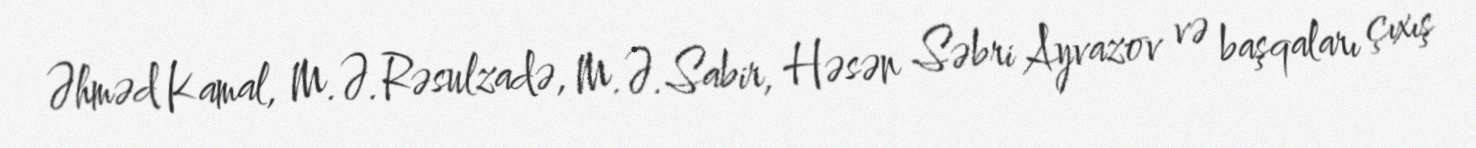
Əhməd Kamal, M.Ə.Rəsulzadə, M.Ə.Sabir, Həsən Səbri Ayvazov və başqaları çıxış